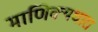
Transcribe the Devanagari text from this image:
माणिक्यधारा